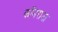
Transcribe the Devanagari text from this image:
कॉनराज